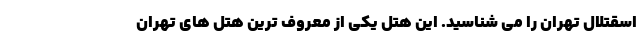
اسقتلال تهران را می شناسید. این هتل یکی از معروف ترین هتل های تهران